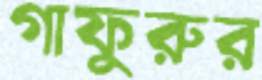
গাফুরুর